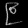
Digit: ၉